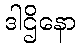
ဒါဌိနော